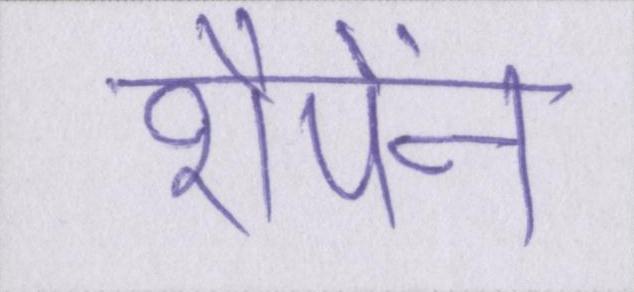
शैंपेंन